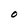
Character: O